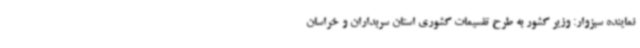
نماینده سبزوار: وزیر کشور به طرح تقسیمات کشوری استان سربداران و خراسان